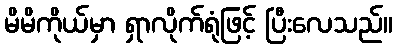
မိမိကိုယ်မှာ ရှာလိုက်ရုံဖြင့် ပြီးလေသည်။